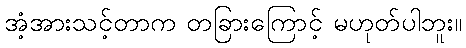
အံ့အားသင့်တာက တခြားကြောင့် မဟုတ်ပါဘူး။